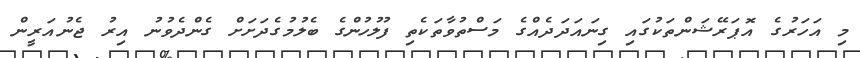
މި އަހަރުގެ އޮޕަރޭޝަންތަކުގައި ގިނައަދަދެއްގެ މަސްތުވާތަކެތި ފުލުހުންގެ ބެލުމުގެދަށަށް ގެންދެވުނު އިރު ޖެނުއަރީން